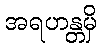
အရဟန္တမှိ